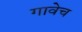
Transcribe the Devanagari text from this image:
गावेच